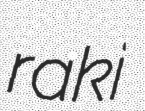
raki